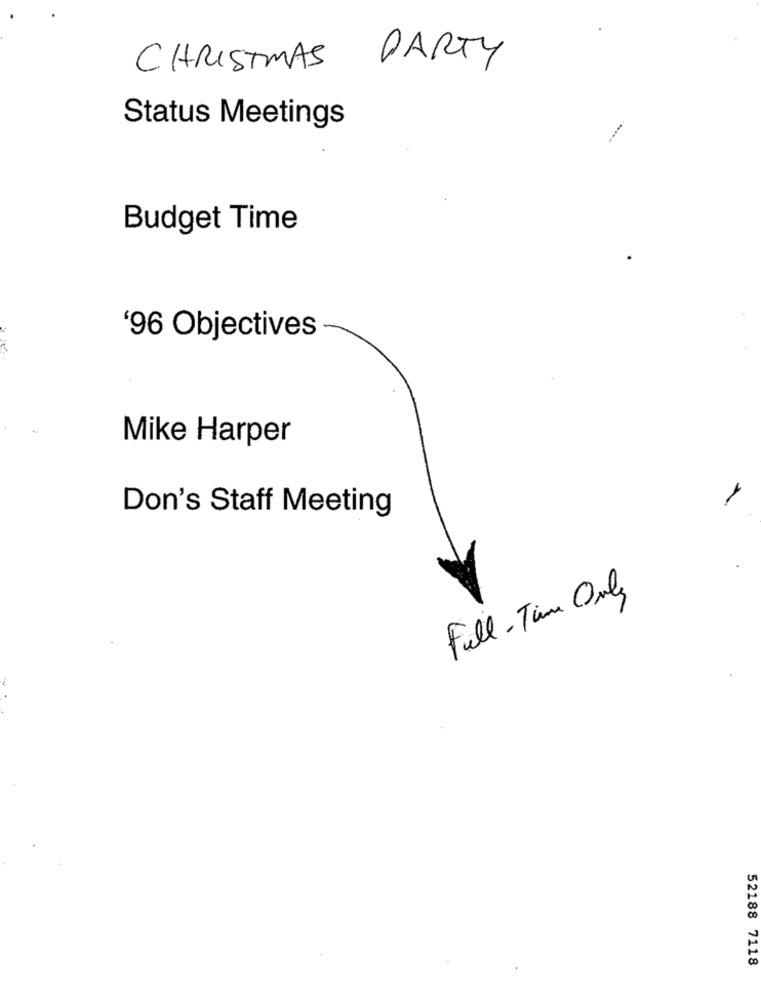
CHRISTMAS
PARTY
Status Meetings
Budget Time
'96 Objectives
Mike Harper
Don's Staff Meeting
Full - Time Only
52188 7118